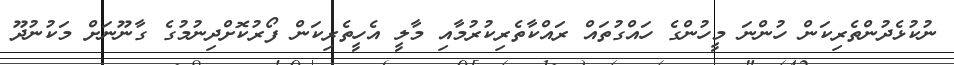
ނުކުޅެދުންތެރިކަން ހުންނަ މީހުންގެ ހައްގުތައް ރައްކާތެރިކުރުމާއި މާލީ އެހީތެރިކަން ފޯރުކޮށްދިނުމުގެ ގާނޫނަށް މަކުނުދޫ